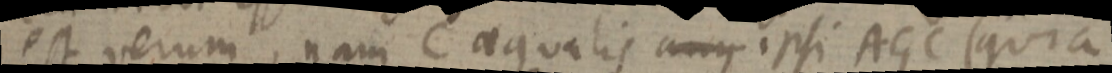
est verum, nam C aequalis ang ipsi AGC (quia